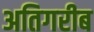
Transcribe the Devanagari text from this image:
अतिगरीब